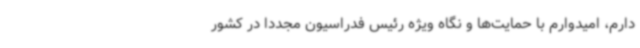
دارم، امیدوارم با حمایت‌ها و نگاه ویژه رئیس فدراسیون مجددا در کشور